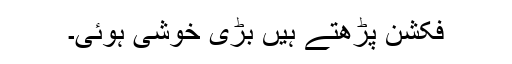
فکشن پڑھتے ہیں بڑی خوشی ہوئی۔